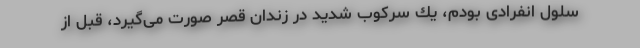
سلول انفرادی بودم، یك سركوب شدید در زندان قصر صورت می‌گیرد، قبل از